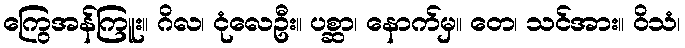
ကြွေအန်ကြူး။ ဂိလ၊ ငုံလေဦး။ ပစ္ဆာ၊ နောက်မှ။ တေ၊ သင်အား။ ဝိသံ၊